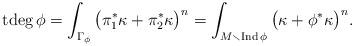
LaTeX: \begin{align*}\mathrm{tdeg}\,\phi=\int_{\Gamma_\phi}\big(\pi_1^*\kappa+\pi_2^*\kappa\big)^n=\int_{M\smallsetminus\mathrm{Ind}\,\phi}\big(\kappa+\phi^*\kappa\big)^n.\end{align*}